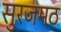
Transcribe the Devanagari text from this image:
सुरजमठ